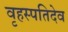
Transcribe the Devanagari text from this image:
वृहस्पतिदेव